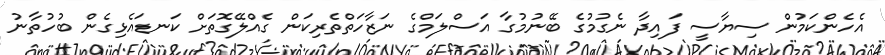
އެހެންކަމުން ސިޔާސީ ފައިދާ ނެގުމުގެ ބޭނުމުގާ އަސްލަމްގެ ނަޒާހަތްތެރިކަން ގެއްލޭގޮތަށް ކަނޑައެޅިގެން ބުހުތާނު